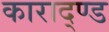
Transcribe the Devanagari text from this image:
काराद्ण्ड